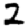
Digit: 2